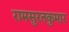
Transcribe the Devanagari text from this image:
रामसुरतकुमार